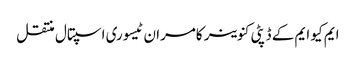
ایم کیو ایم کے ڈپٹی کنوینر کامران ٹیسوری اسپتال منتقل